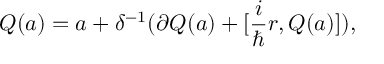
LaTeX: Q ( a ) = a + \delta ^ { - 1 } ( \partial Q ( a ) + [ \frac { i } { \hbar } r , Q ( a ) ] ) ,